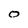
Character: O